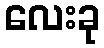
လေးခု